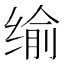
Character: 𦈕